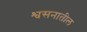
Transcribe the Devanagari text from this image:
श्वसनातील